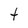
Character: t